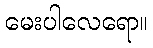
မေးပါလေရော။